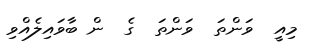
މިއީ  ވަންތަ  ވަންތަ  ގެ  ން ބާވައިލެއްވި